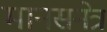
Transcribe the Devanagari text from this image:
मानसनेत्र